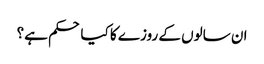
ان سالوں کے روزے کا کیا حکم ہے؟